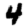
Digit: 4